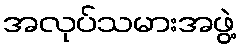
အလုပ်သမားအဖွဲ့